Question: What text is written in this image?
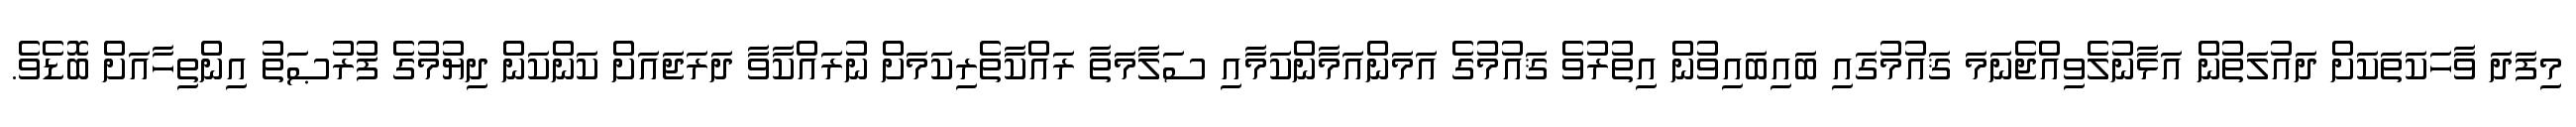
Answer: މިފަދަ ވާހަކަތަކަށް ދައުލަތުން އަޅާނުލެވިއްޖެނަމަ ޤައުމުގައި ބައިބައިވުން އިތުރުވެ ޤައުމުގެ އަމަންއަމާންކަމާއި ސަލާމަތާ ރައްކާތެރިކަމަށް ނުރައްކާވާ ދަރަޖައަށް ކަންކަން ދިޔުމުގެ ފުރުޞަތު އިންތިހާއަށް ބޮޑެވެ.